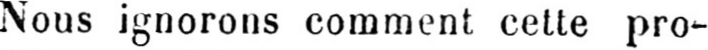
Nous ignorons comment cette pro-